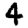
Digit: 4